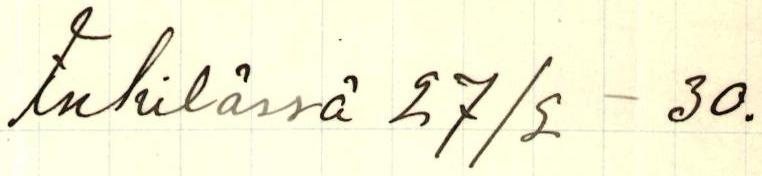
Inkilässä 27/2 - 30.